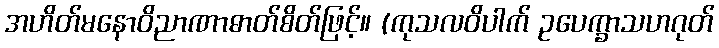
အဟိတ်မနောဝိညာဏာဓာတ်စိတ်ဖြင့်။ (ကုသလဝိပါက် ဥပေက္ခာသဟဂုတ်